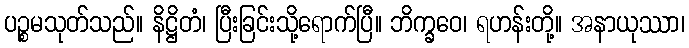
ပဉ္စမသုတ်သည်။ နိဋ္ဌိတံ၊ ပြီးခြင်းသို့ရောက်ပြီ။ ဘိက္ခဝေ၊ ရဟန်းတို့။ အနာယုဿာ၊